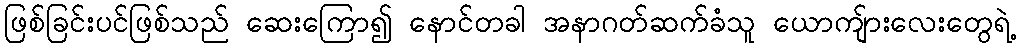
ဖြစ်ခြင်းပင်ဖြစ်သည် ဆေးကြော၍ နောင်တခါ အနာဂတ်ဆက်ခံသူ ယောကျ်ားလေးတွေရဲ့